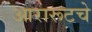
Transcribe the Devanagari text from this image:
आरारूटचे